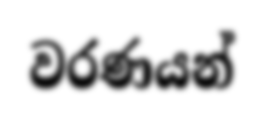
වරණයන්